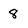
Character: 8